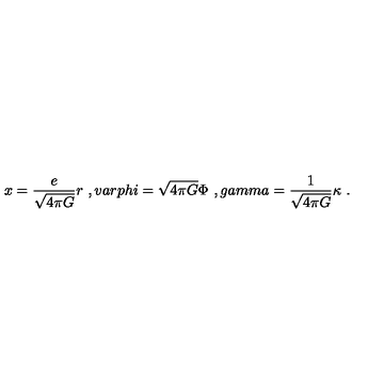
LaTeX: x = \frac { e } { \sqrt { 4 \pi G } } r \ , v a r p h i = \sqrt { 4 \pi G } \Phi \ , g a m m a = \frac { 1 } { \sqrt { 4 \pi G } } \kappa \ .